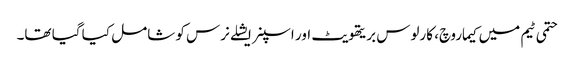
حتمی ٹیم میں کیماروچ، کارلوس بریتھویٹ اور اسپنر ایشلے نرس کو شامل کیا گیا تھا۔